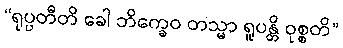
“ရုပ္ပတီတိ ခေါ ဘိက္ခေဝ တသ္မာ ရူပန္တိ ဝုစ္စတိ”